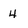
Character: 4